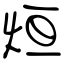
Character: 烜